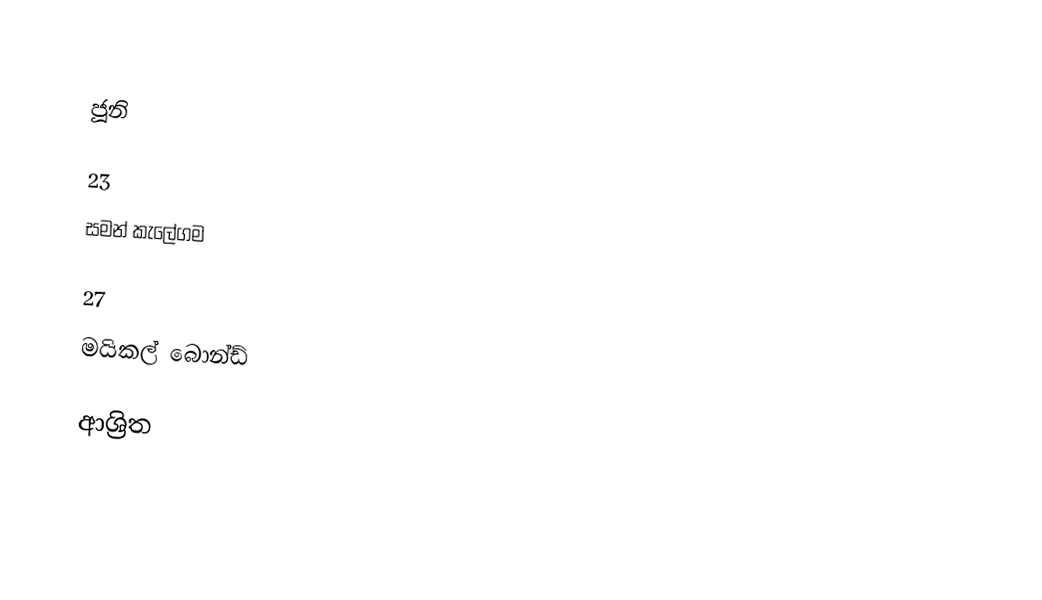

ජූනි

23
 සමන් කැලේගම

27
 මයිකල් බොන්ඩ්

ආශ්‍රිත